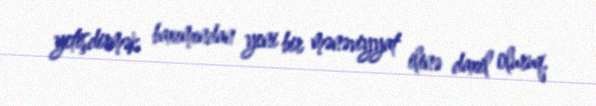
yetişdirmək baxımından yeni bir mənəviyyat ilinə daxil oluruq.